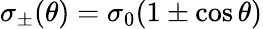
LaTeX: \sigma_{\pm}(\theta)=\sigma_{0}(1\pm\cos{\theta})